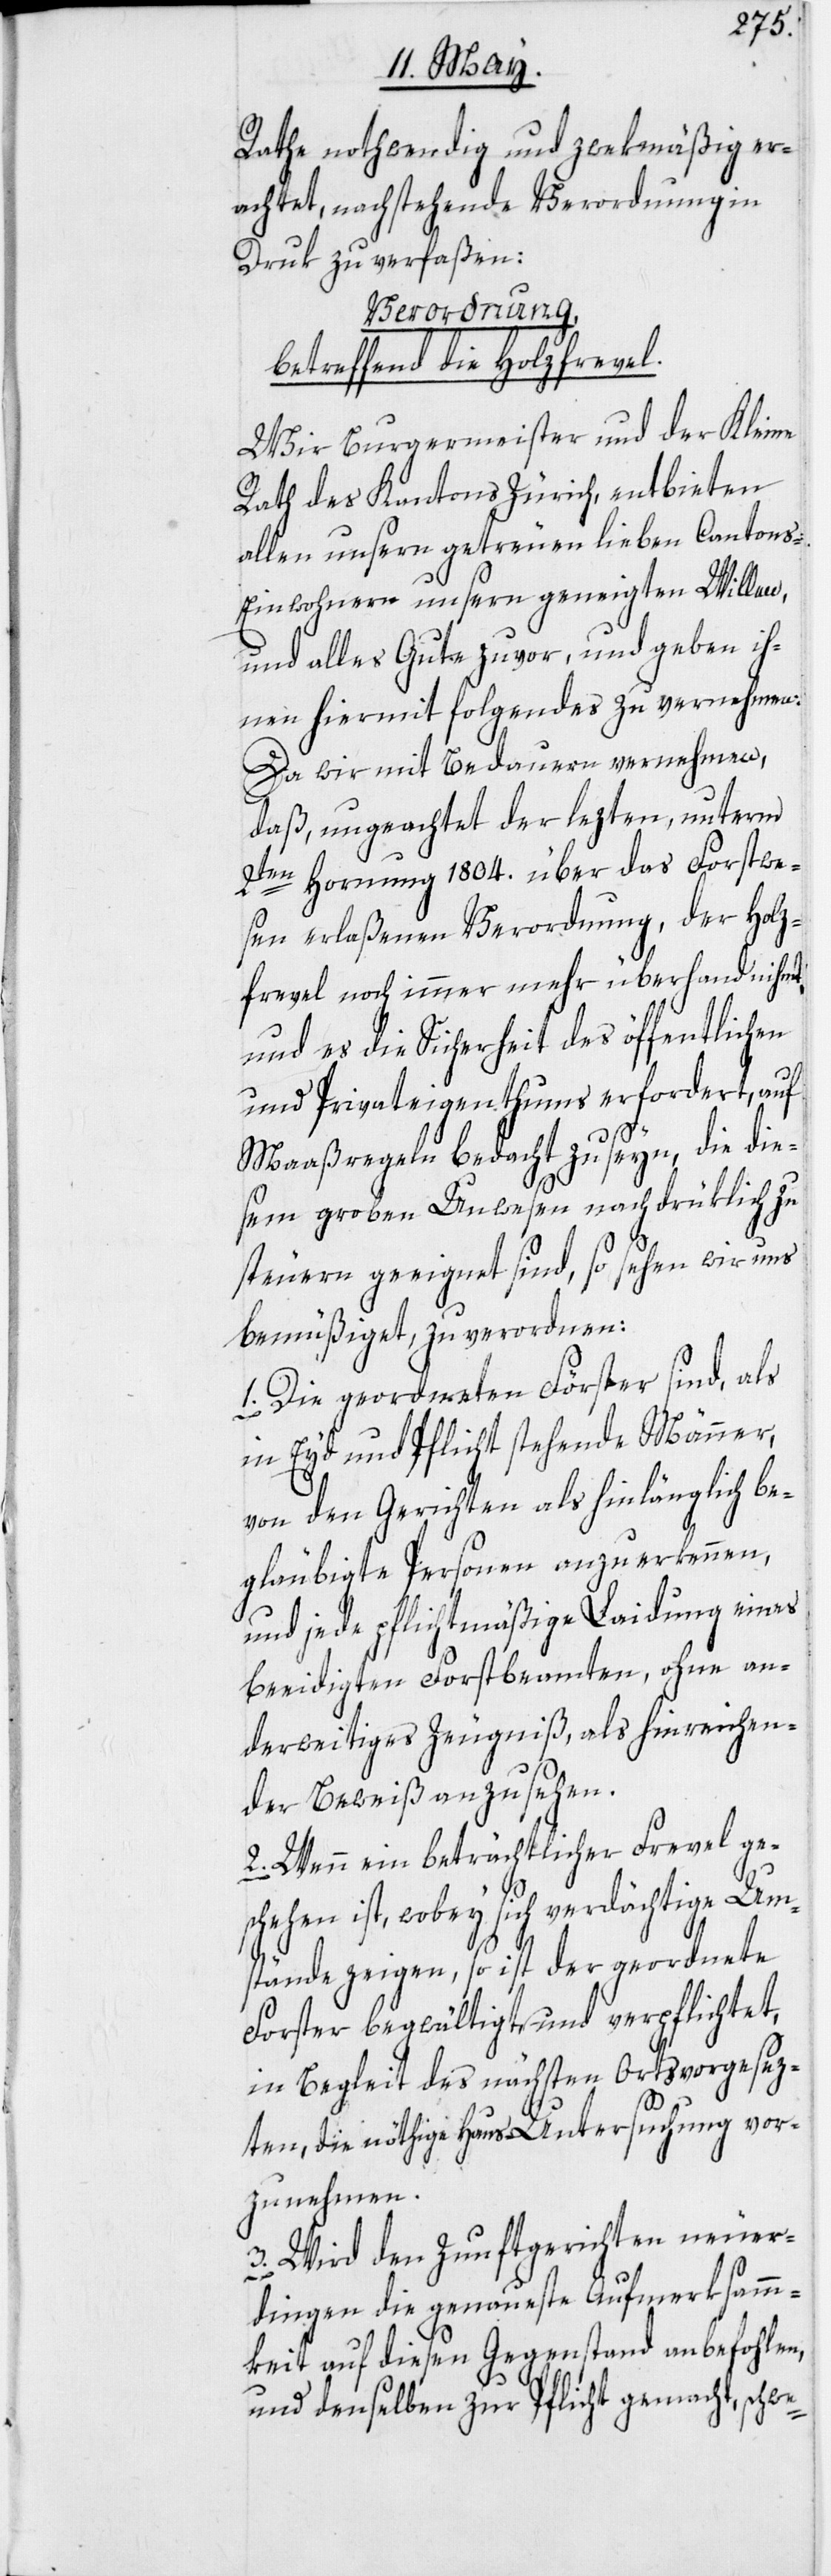
Rathe nothwendig und zwekmäßig er¬
achtet, nachstehende Verordnung in
Druk zu verfaßen:
Verordnung,
betreffend die Holzfrevel.
Wir Burgermeister und der Kleine
Rath des Kantons Zürich, entbieten
allen unsern getreuen lieben Cantons-E¬
inwohnern unsern geneigten Willen,
und alles Gute zuvor, und geben ih¬
nen hiermit folgendes zu vernehmen:
Da wir mit Bedauern vernehmen,
daß, ungeachtet der lezten, unterm
2ten Hornung 1804. über das Forstwe¬
sen erlaßenen Verordnung, der Holz¬
frevel noch immer mehr überhand nihmt,
und es die Sicherheit des öffentlichen
e-
und Privateigenthums erfordert, auf
Maaßregeln bedacht zu seyn, die die¬
sem groben Unwesen nachdrüklich zu
steuern geeignet sind, so sehen wir uns
bemüßiget, zu verordnen:
1. Die geordneten Förster sind, als
in Eyd und Pflicht stehende Männer,
von den Gerichten als hinlänglich be¬
gläubigte Personen anzuerkennen,
und jede pflichtmäßige Laidung eines
beeidigten Forstbeamten, ohne an¬
derweitiges Zeugniß, als hinreichen¬
der Beweis anzusehen.
2. Wenn ein beträchtlicher Frevel ge¬
schehen ist, wobey sich verdächtige Um¬
stände zeigen, so ist der geordnete
Forster begwältigt und verpflichtet,
in Begleit des nächsten Ortsvorgesez¬
ten, die nöthige Haus-Untersuchung vor¬
zunehmen.
3. Wird den Zunftgerichten neuer¬
dingen die genaueste Aufmerksamm¬
keit auf diesen Gegenstand anbefohlen,
und denselben zur Pflicht gemacht, schw¬